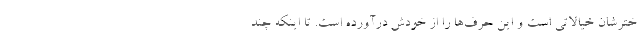
خترشان خیالاتی است و این حرف‌ها را از خودش درآورده است. تا اینکه چند